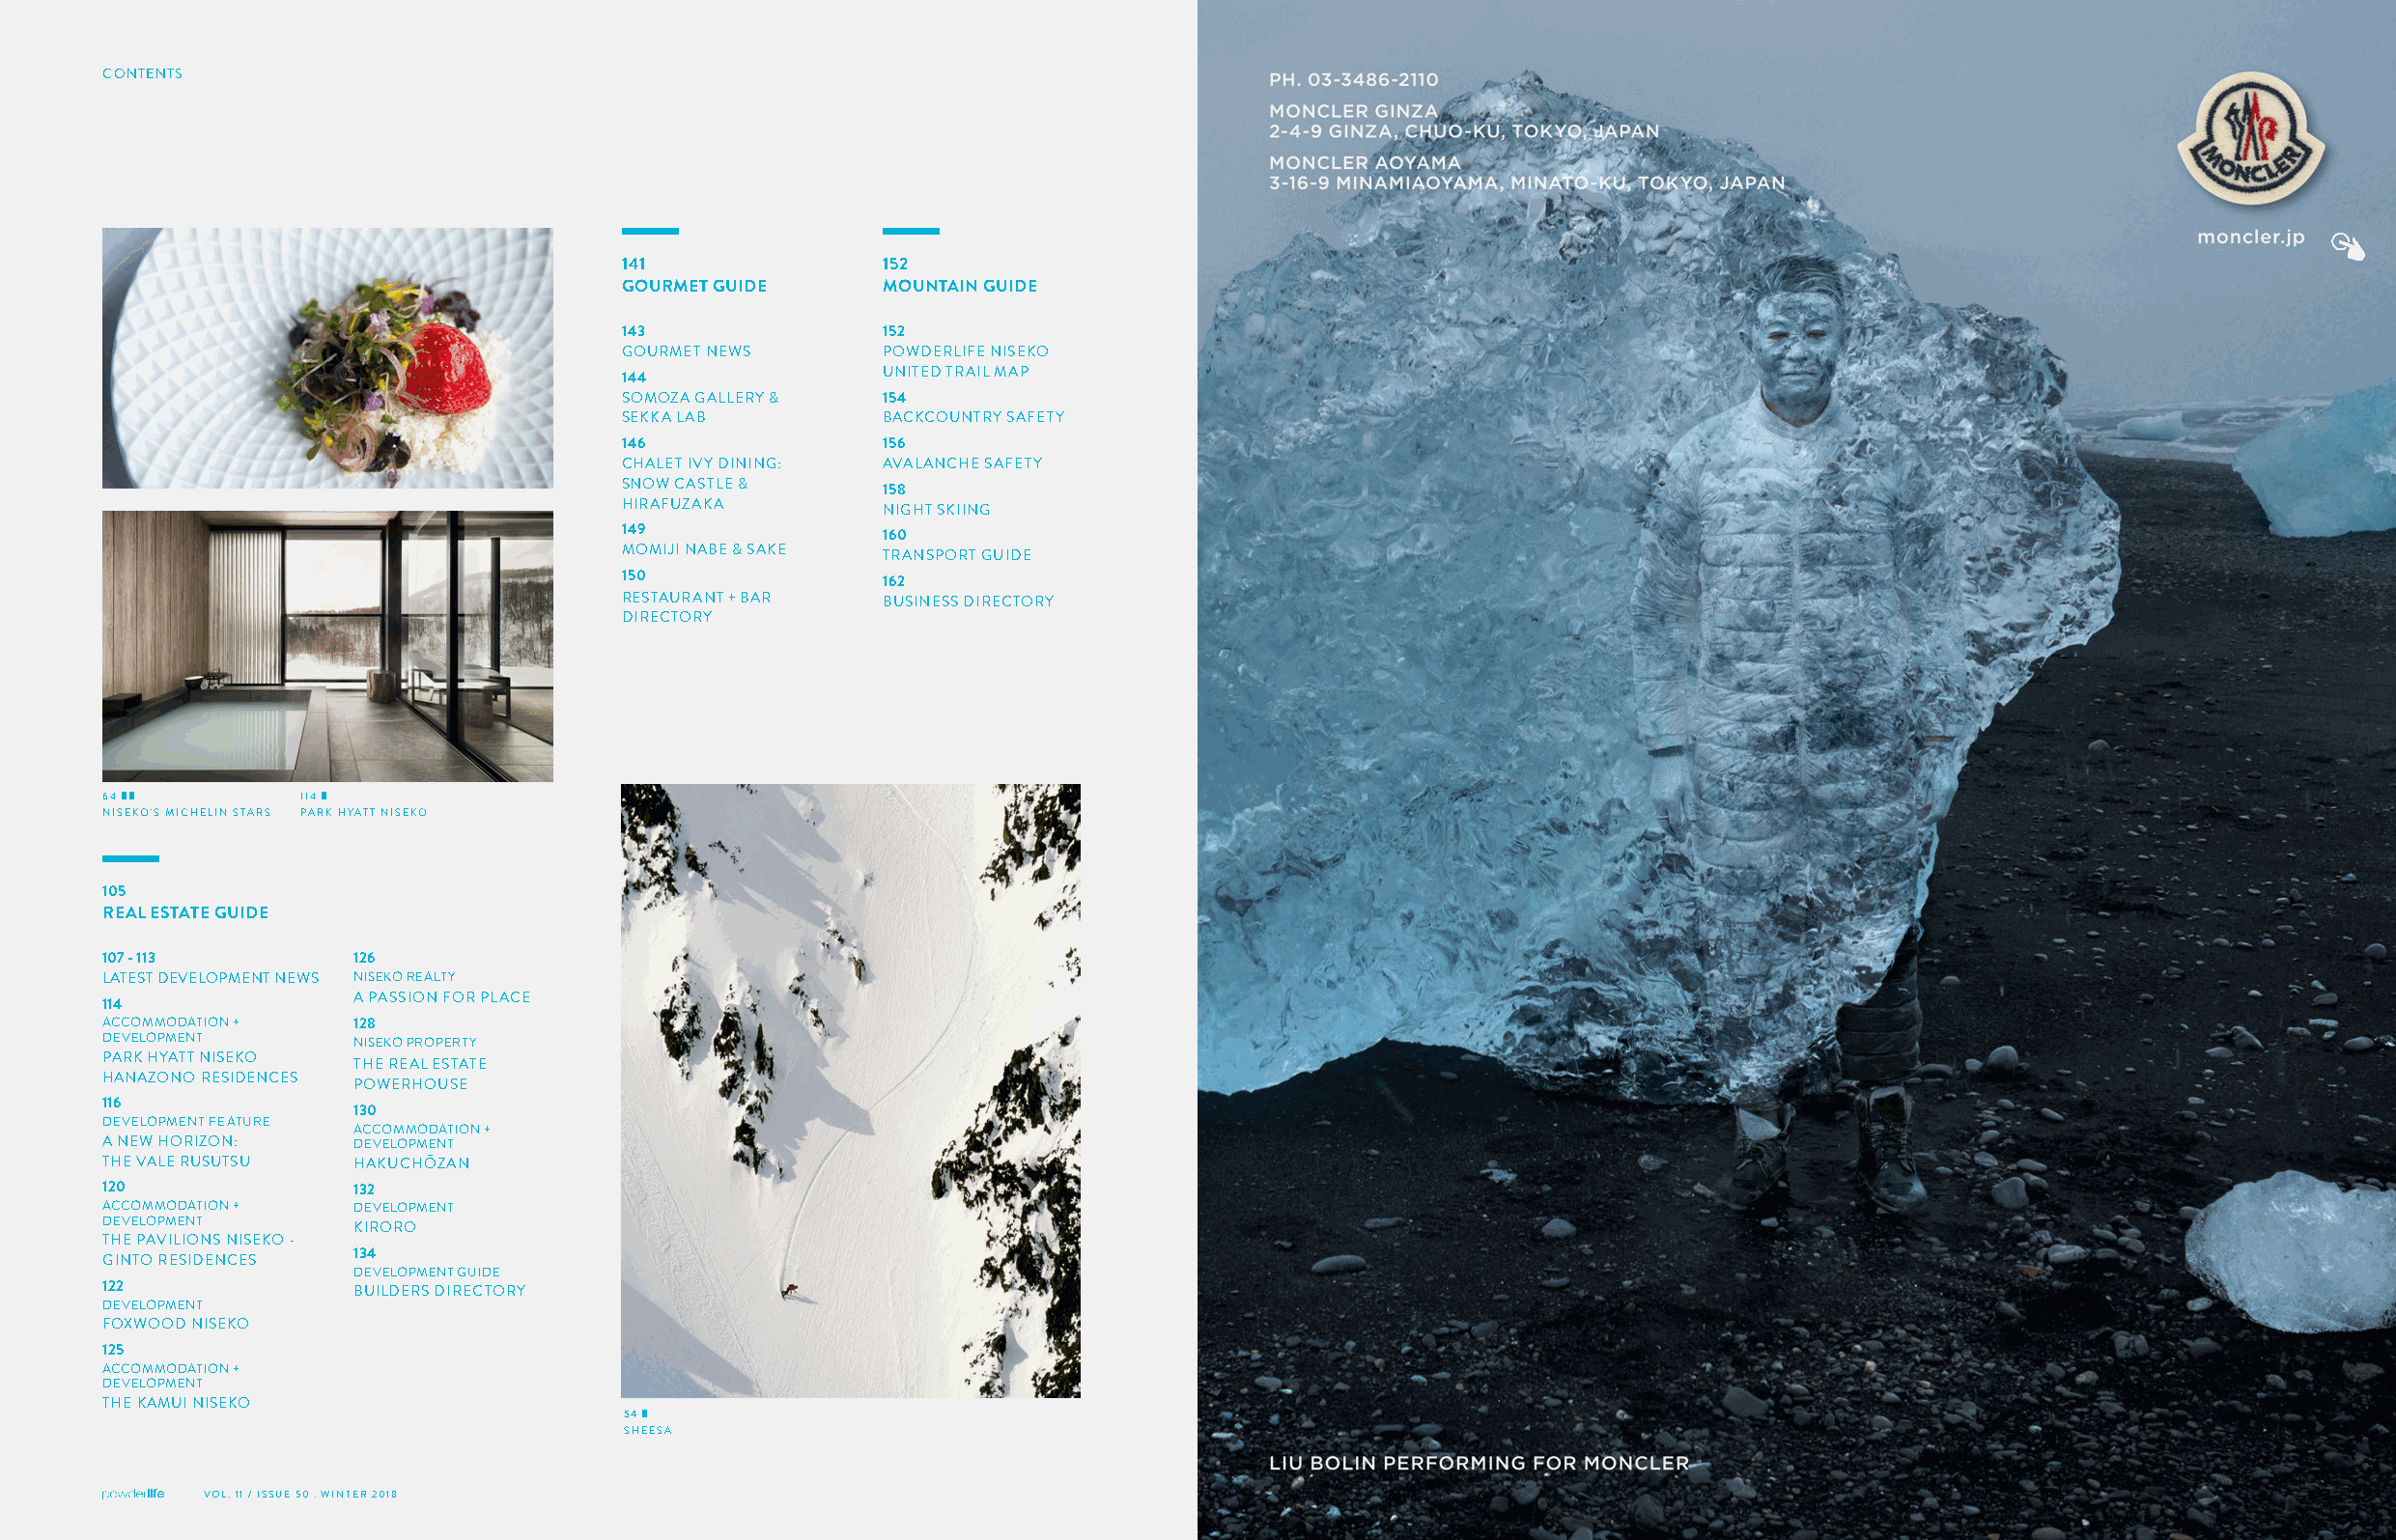
CONTENTS
 141               152
 GOURMET GUIDE     MOUNTAIN GUIDE
 143              152
 GOURMET NEWS     POWDERLIFE NISEKO
 144              UNITED TRAIL MAP
 SOMOZA GALLERY & 154
 SEKKA LAB        BACKCOUNTRY SAFETY
 146              156
 CHALET IVY DINING: AVALANCHE SAFETY
 SNOW CASTLE &    158
 HIRAFUZAKA       NIGHT SKIING
 149              160
 MOMIJI NABE & SAKE TRANSPORT GUIDE
 150              162
 RESTAURANT + BAR BUSINESS DIRECTORY
 DIRECTORY
 64 █ █        114 █
 NISEKO'S MICHELIN STARS PARK HYATT NISEKO
 105
 REAL ESTATE GUIDE
 107 - 113        126
 LATEST DEVELOPMENT NEWS NISEKO REALTY
 A PASSION FOR PLACE
 114
 ACCOMMODATION +  128
 DEVELOPMENT      NISEKO PROPERTY
 PARK HYATT NISEKO
 THE REAL ESTATE
 HANAZONO RESIDENCES
 POWERHOUSE
 116
 130
 DEVELOPMENT FEATURE
 ACCOMMODATION +
 A NEW HORIZON:   DEVELOPMENT
 THE VALE RUSUTSU HAKUCHŌZAN
 120              132
 ACCOMMODATION +  DEVELOPMENT
 DEVELOPMENT
 KIRORO
 THE PAVILIONS NISEKO -
 134
 GINTO RESIDENCES
 DEVELOPMENT GUIDE
 122              BUILDERS DIRECTORY
 DEVELOPMENT
 FOXWOOD NISEKO
 125
 ACCOMMODATION +
 DEVELOPMENT
 THE KAMUI NISEKO
 54 █
 SHEESA
 VVOOLL.. 1111 // IISSSSUUEE 5500 .. WWIINNTTEERR 22001188                                                   15             VOL. 11 / ISSUE 50 . WINTER 2018